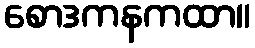
စောဒကနကထာ။